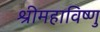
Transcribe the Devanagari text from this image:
श्रीमहाविष्णु